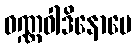
ဝဏ္ဏဝါဒိနောပေ